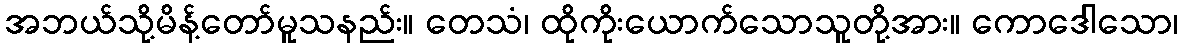
အဘယ်သို့မိန့်တော်မူသနည်း။ တေသံ၊ ထိုကိုးယောက်သောသူတို့အား။ ကောဒေါသော၊